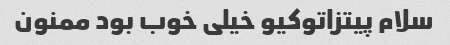
سلام پیتزاتوکیو خیلی خوب بود ممنون